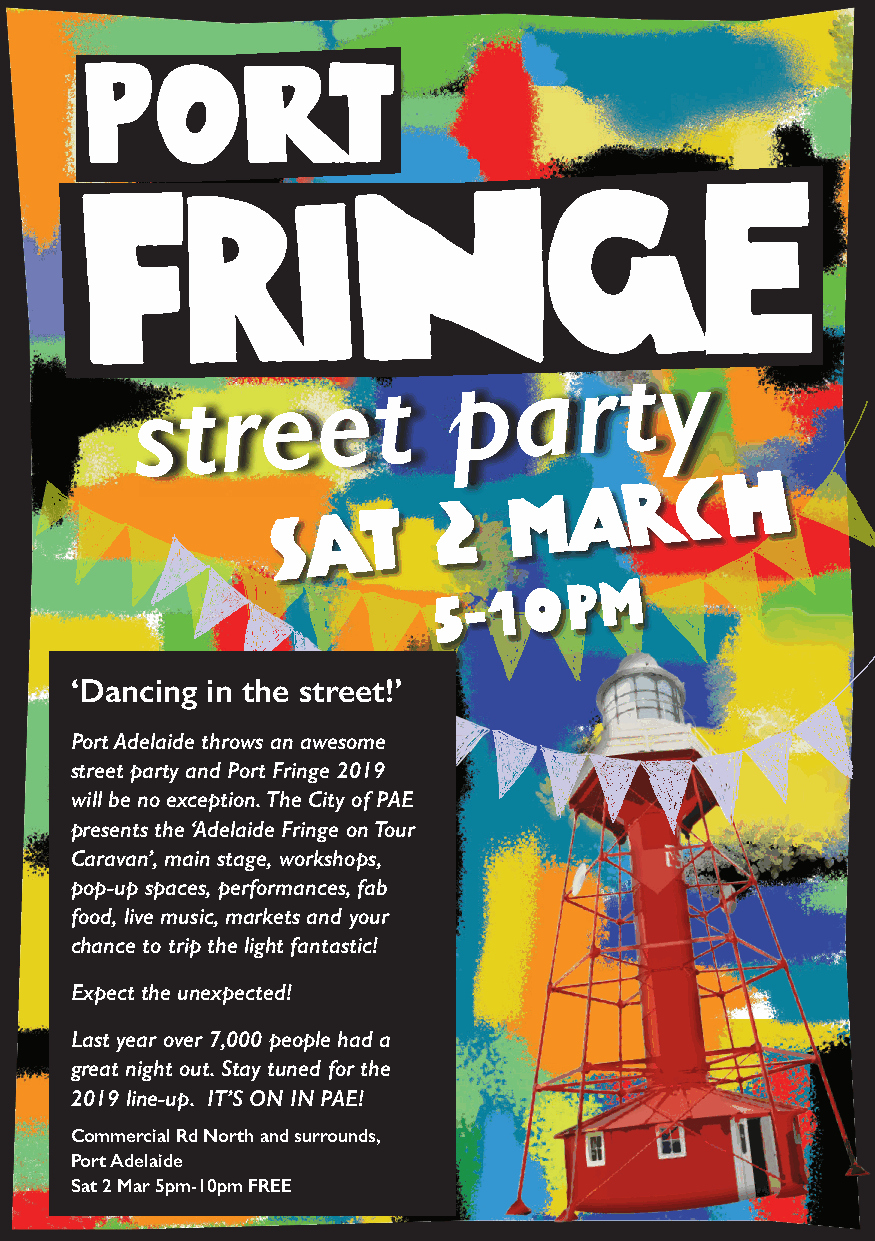
Port
 s  t  re    e   t    p   a   r  t  y
 h
 s
 At
 2
 marc
 5 - 1 0  p m
 ‘Dancing in the street!’
 Port Adelaide throws an awesome
 street party and Port Fringe 2019
 will be no exception. The City of PAE
 presents the ‘Adelaide Fringe on Tour
 Caravan’, main stage, workshops,
 pop-up spaces, performances, fab
 food, live music, markets and your
 chance to trip the light fantastic!
 Expect the unexpected!
 Last year over 7,000 people had a
 great night out. Stay tuned for the
 2019 line-up. IT’S ON IN PAE!
 Commercial Rd North and surrounds,
 Port Adelaide
 Sat 2 Mar 5pm-10pm FREE